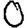
Digit: 0